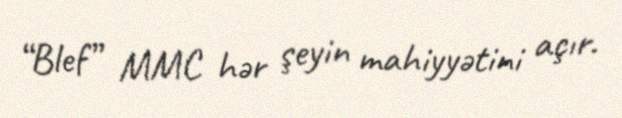
“Blef” MMC hər şeyin mahiyyətini açır.